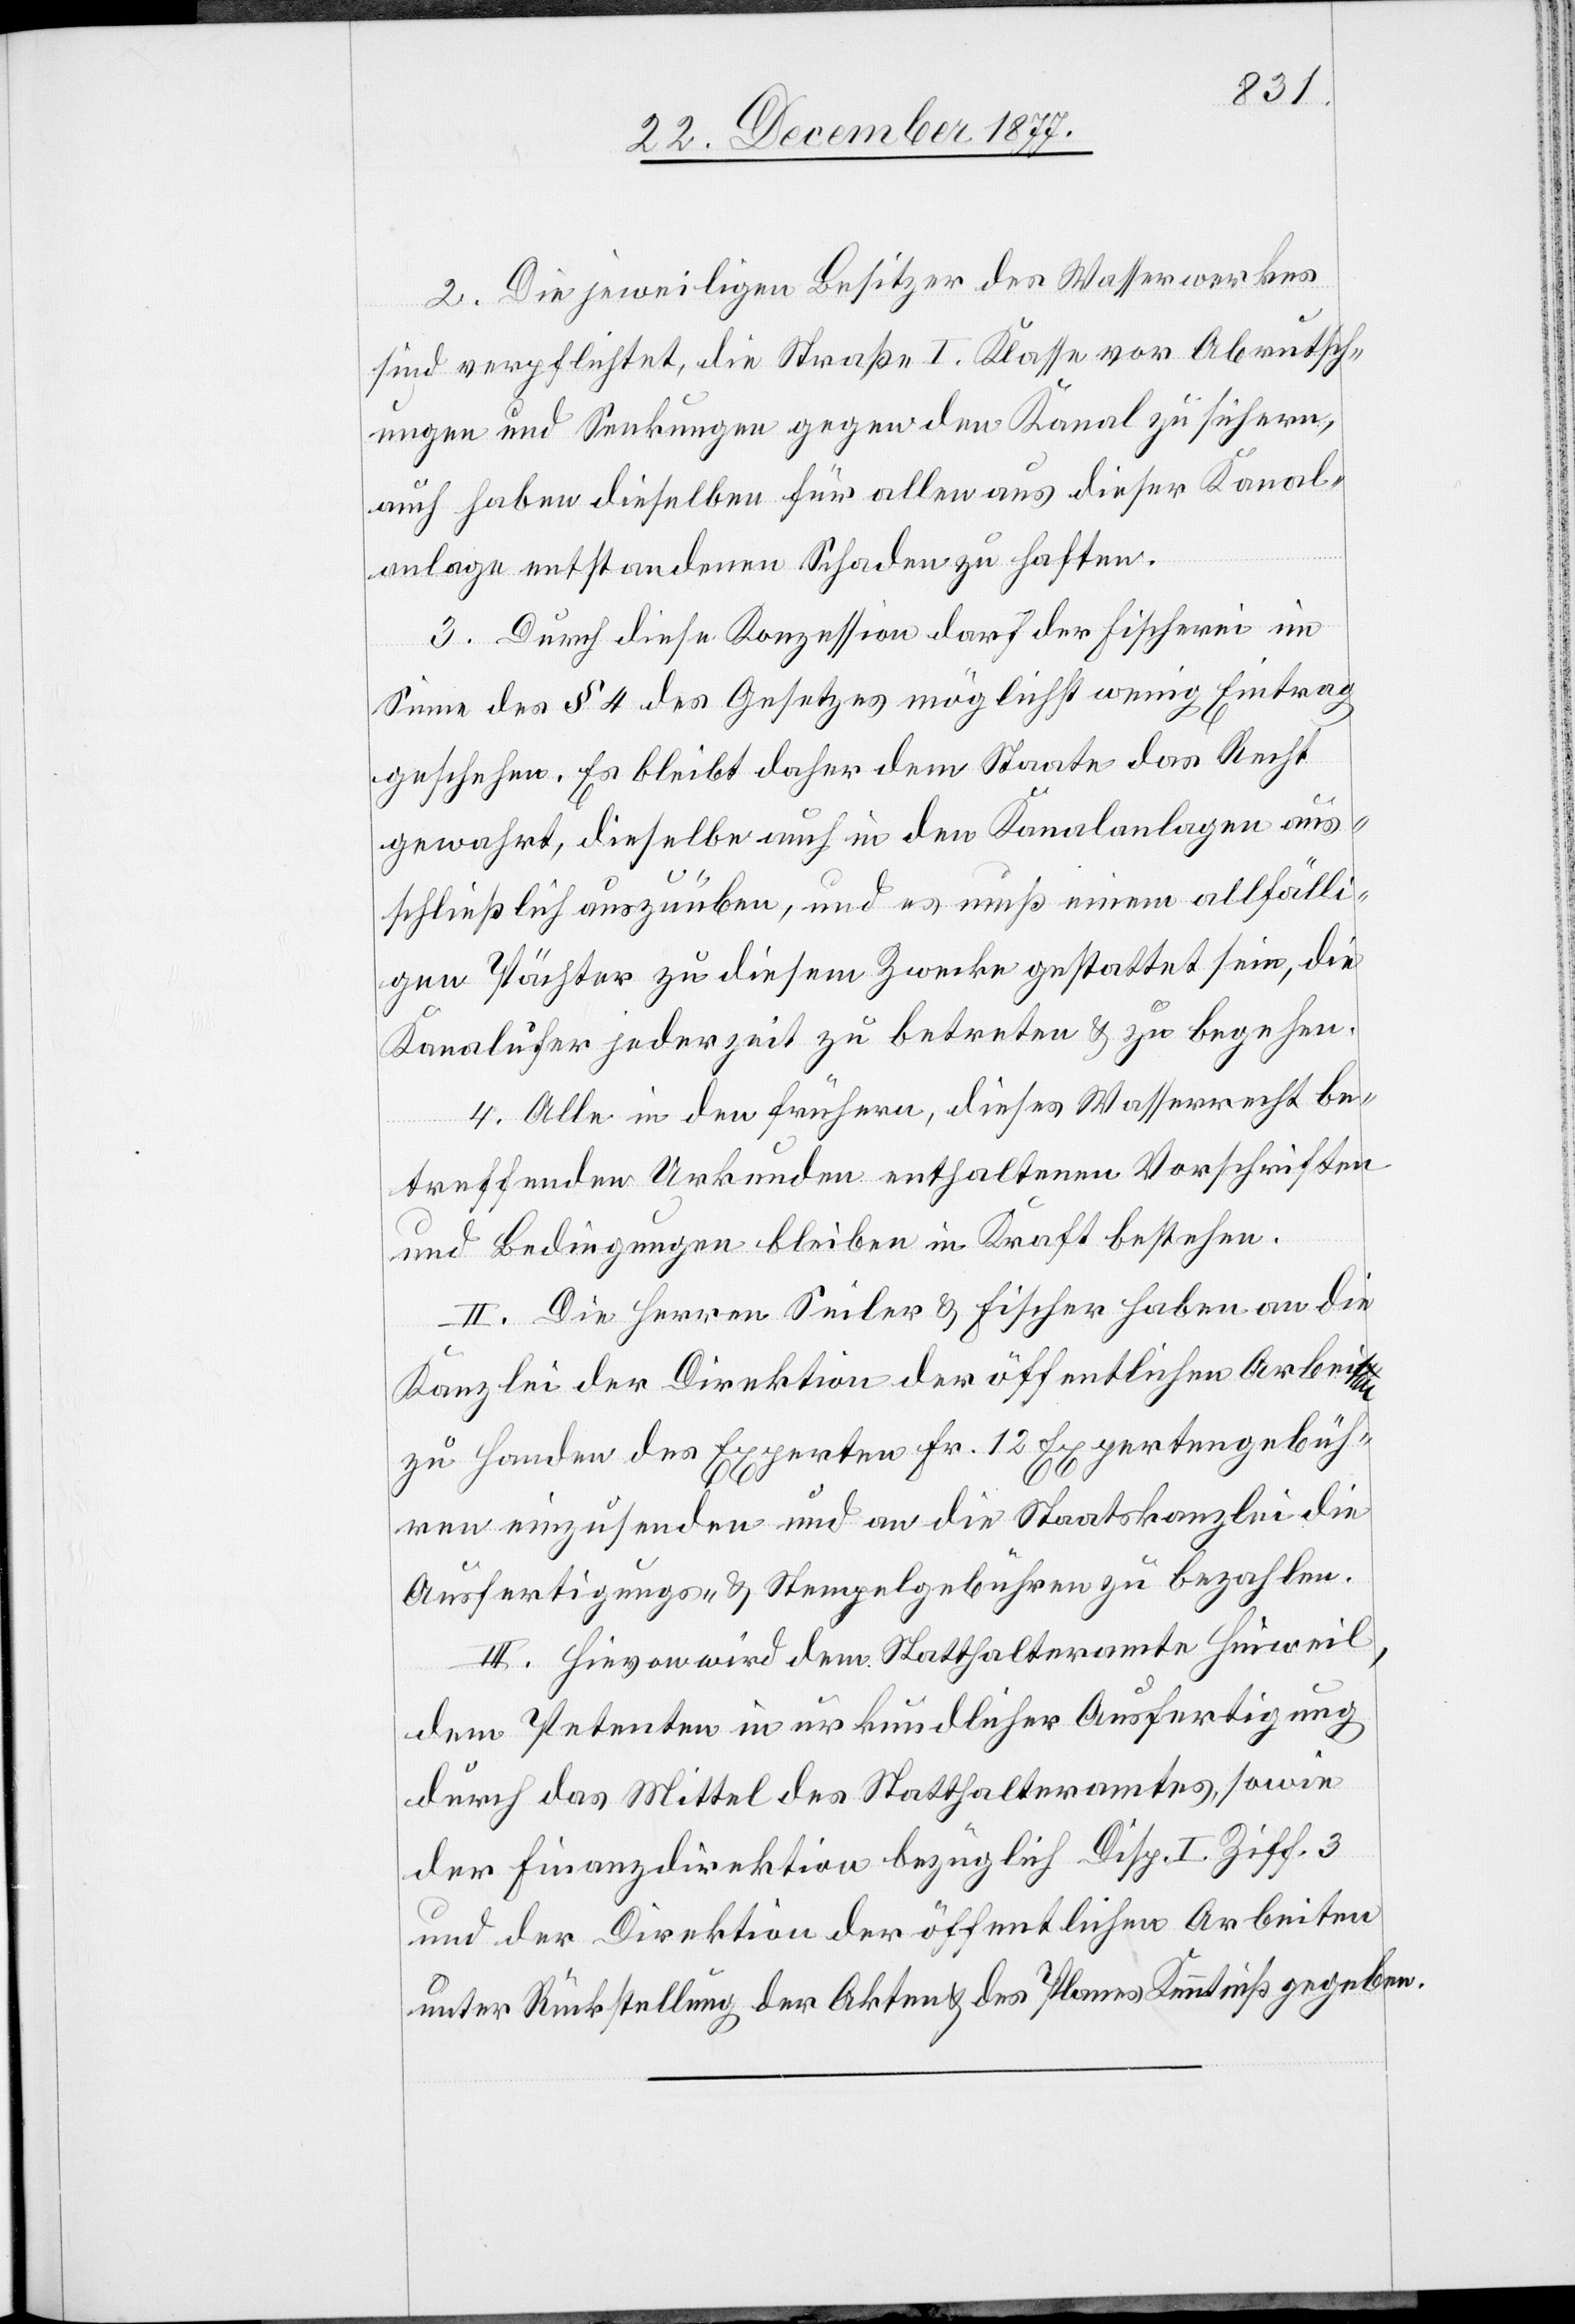
2. Die jeweiligen Besitzer des Wasserwerkes
sind verpflichtet, die Straße I. Klasse vor Abrutsch¬
ungen und Senkungen gegen den Kanal zu sichern,
auch haben dieselben für allen aus dieser Kanal¬
anlage entstandenen Schaden zu haften.
3. Durch diese Konzession darf der Fischerei im
Sinne des § 4 des Gesetzes möglichst wenig Eintrag
geschehen. Es bleibt daher dem Staate das Recht
gewahrt, dieselbe auch in den Kanalanlagen aus¬
schließlich auszuüben, und es muß einem allfälli¬
gen Pächter zu diesem Zwecke gestattet sein, die
Kanalufer jederzeit zu betreten & zu begehen.
4. Alle in den frühern, dieses Wasserrecht be¬
treffenden Urkunden enthaltenen Vorschriften
und Bedingungen bleiben in Kraft bestehen.
II. Die Herren Seiler & Fischer haben an die
Kanzlei der Direktion der öffentlichen Arbeiten
zu Handen des Experten Fr. 12 Expertengebüh¬
ren einzusenden und an die Staatskanzlei die
Ausfertigungs- & Stempelgebühren zu bezahlen.
III. Hievon wird dem Statthalteramte Hinweil,
dem Petenten in urkundlicher Ausfertigung
durch das Mittel des Statthalteramtes, sowie
der Finanzdirektion bezüglich Disp. I. Ziff. 3
und der Direktion der öffentlichen Arbeiten
unter Rückstellung der Akten des Planes Kenntniß gegeben.